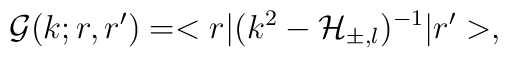
\mathcal{G}(k;r,r') = <r|(k^2 - \mathcal{H}_{\pm,l})^{-1}|r'>,